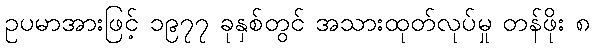
ဥပမာအားဖြင့် ၁၉၇၇ ခုနှစ်တွင် အသားထုတ်လုပ်မှု တန်ဖိုး ၈